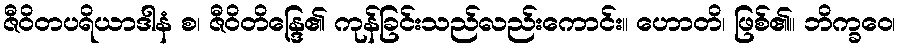
ဇီဝိတပရိယာဒါနံ စ၊ ဇီဝိတိန္ဒြေ၏ ကုန်ခြင်းသည်လည်းကောင်း။ ဟောတိ၊ ဖြစ်၏။ ဘိက္ခဝေ၊